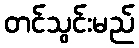
တင်သွင်းမည်